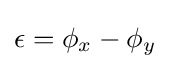
\epsilon =\phi _{x}-\phi _{y}